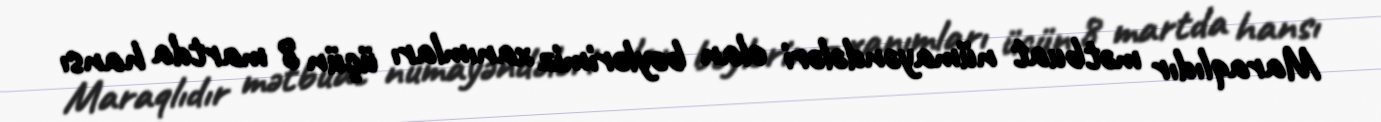
Maraqlıdır mətbuat nümayəndələri olan bəylərimiz xanımları üçün 8 martda hansı